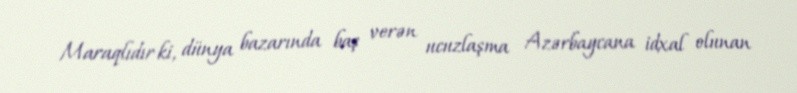
Maraqlıdır ki, dünya bazarında baş verən ucuzlaşma Azərbaycana idxal olunan